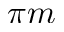
\pi m